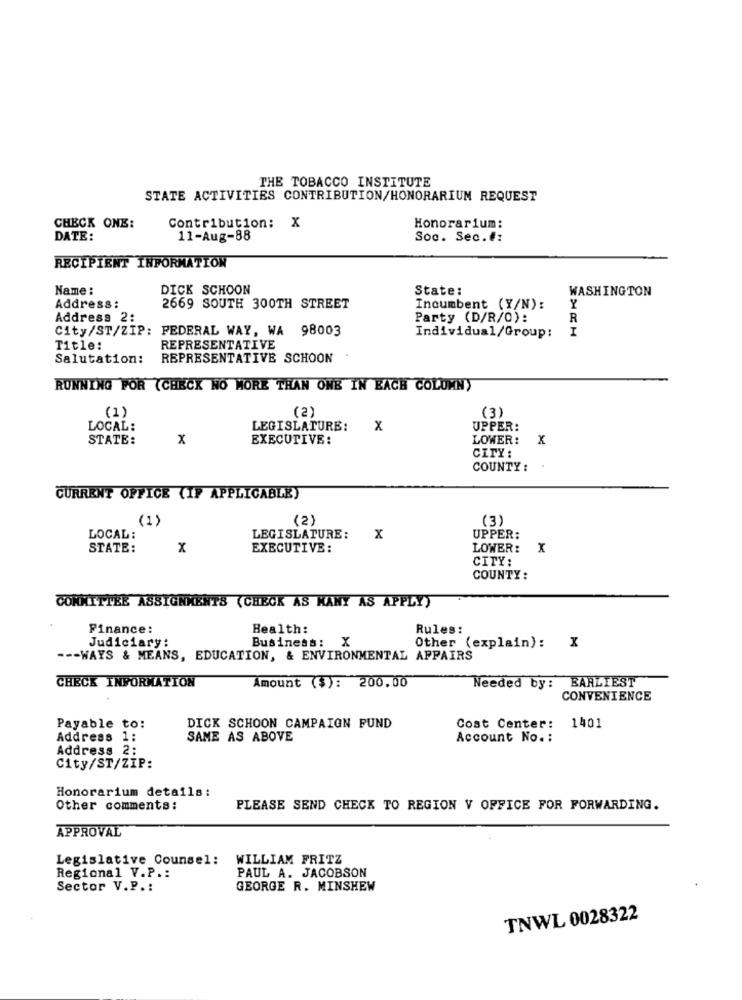
THE TOBACCO INSTITUTE
STATE ACTIVITIES CONTRIBUTION/HONORARIUM REQUEST
CHECK ONE:
Contribution: X
Honorarium:
DATE:
11-Aug-88
Soc. Sec.#:
RECIPIENT INFORMATION
Name :
DICK SCHOON
State:
WASHINGTON
Address :
2669 SOUTH 300TH STREET
Incumbent (Y/N):
Y
Address 2:
Party (D/R/O):
R
City/ST/ZIP: FEDERAL WAY, WA 98003
I
Individual/Group:
Title:
REPRESENTATIVE
Salutation:
REPRESENTATIVE SCHOON
RUNNING FOR (CHECK NO MORE THAN ONE IN BACH COLUMN)
(2)
(3)
(1)
LOCAL:
LEGISLATURE:
x
UPPER:
STATE:
x
EXECUTIVE:
LOWER:
X
CITY :
COUNTY :
CURRENT OFFICE (IF APPLICABLE)
(1)
( 2 )
(3)
LOCAL:
LEGISLATURE:
x
UPPER:
STATE:
x
EXECUTIVE:
LOWER:
X
CITY:
COUNTY:
COMMITTEE ASSIGNMENTS (CHECK AS MANY AS APPLY)
Finance:
Health:
Rules:
Judiciary:
Business : X
Other (explain): X
--- WAYS & MEANS, EDUCATION, & ENVIRONMENTAL AFFAIRS
EARLIEST
CHECK INFORMATION
Amount ($): 200.00
Needed by :
CONVENIENCE
Payable to:
DICK SCHOON CAMPAIGN FUND
Cost Center: 1401
Address 1:
SAME AS ABOVE
Account No. :
Address 2:
City/ST/ZIP:
Honorarium details:
Other comments:
PLEASE SEND CHECK TO REGION V OFFICE FOR FORWARDING.
APPROVAL
Legislative Counsel:
WILLIAM FRITZ
PAUL A. JACOBSON
Regional V.P .:
Sector V.P .:
GEORGE R. MINSHEW
TNWL 0028322